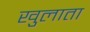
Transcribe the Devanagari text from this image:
खुलाता